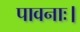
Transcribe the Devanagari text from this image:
पावनाः।